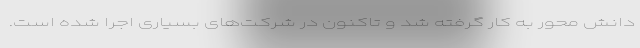
دانش محور به کار گرفته شد و تاکنون در شرکت‌های بسیاری اجرا شده است.